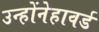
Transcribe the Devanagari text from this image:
उन्होंनेहावर्ड